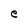
Character: e